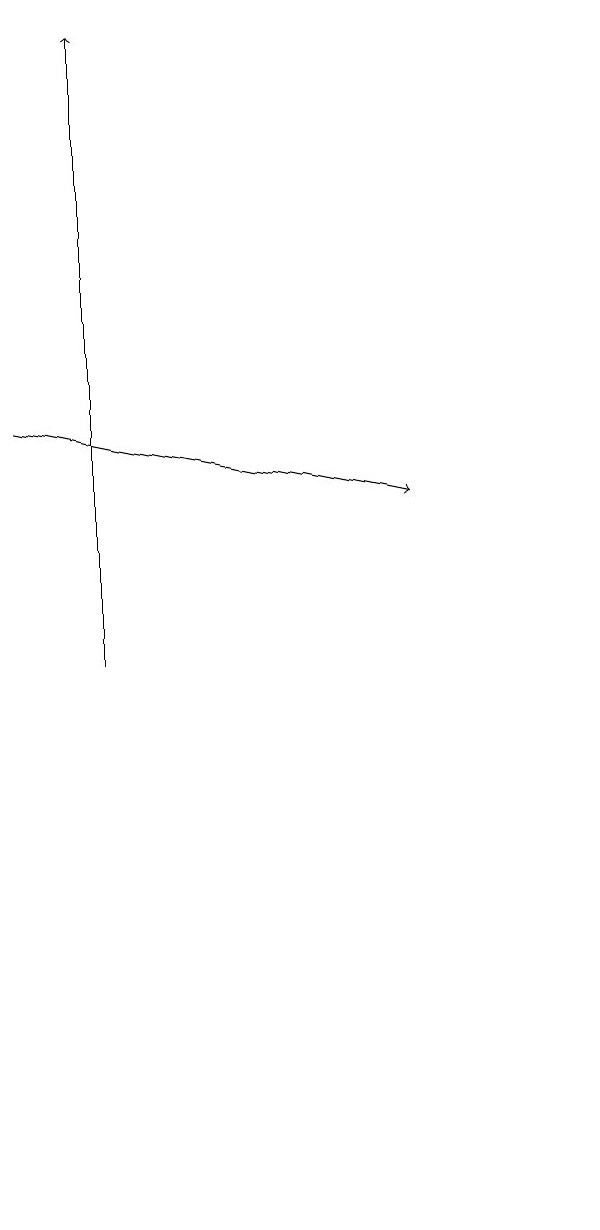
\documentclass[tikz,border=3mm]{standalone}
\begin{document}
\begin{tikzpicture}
\draw[->] (1,10) -- (1,18);
\draw (7,3) -- (7,4) -- (7,3) -- cycle;
\draw[->] (0,13) -- (5,12);
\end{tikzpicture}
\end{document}